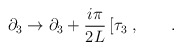
\begin{align*}\partial_{3} \rightarrow \partial_{3}+\frac{i\pi}{2 L} \left[\tau_{3}\right. , \qquad .\end{align*}